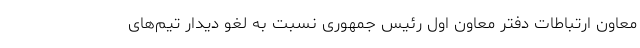
معاون ارتباطات دفتر معاون اول رئیس جمهوری نسبت به لغو دیدار تیم‌های